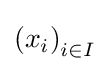
\left(x_{i}\right)_{i\in I}